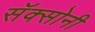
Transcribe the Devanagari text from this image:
सॅक्सोनी